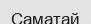
Саматай